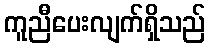
ကူညီပေးလျက်ရှိသည်